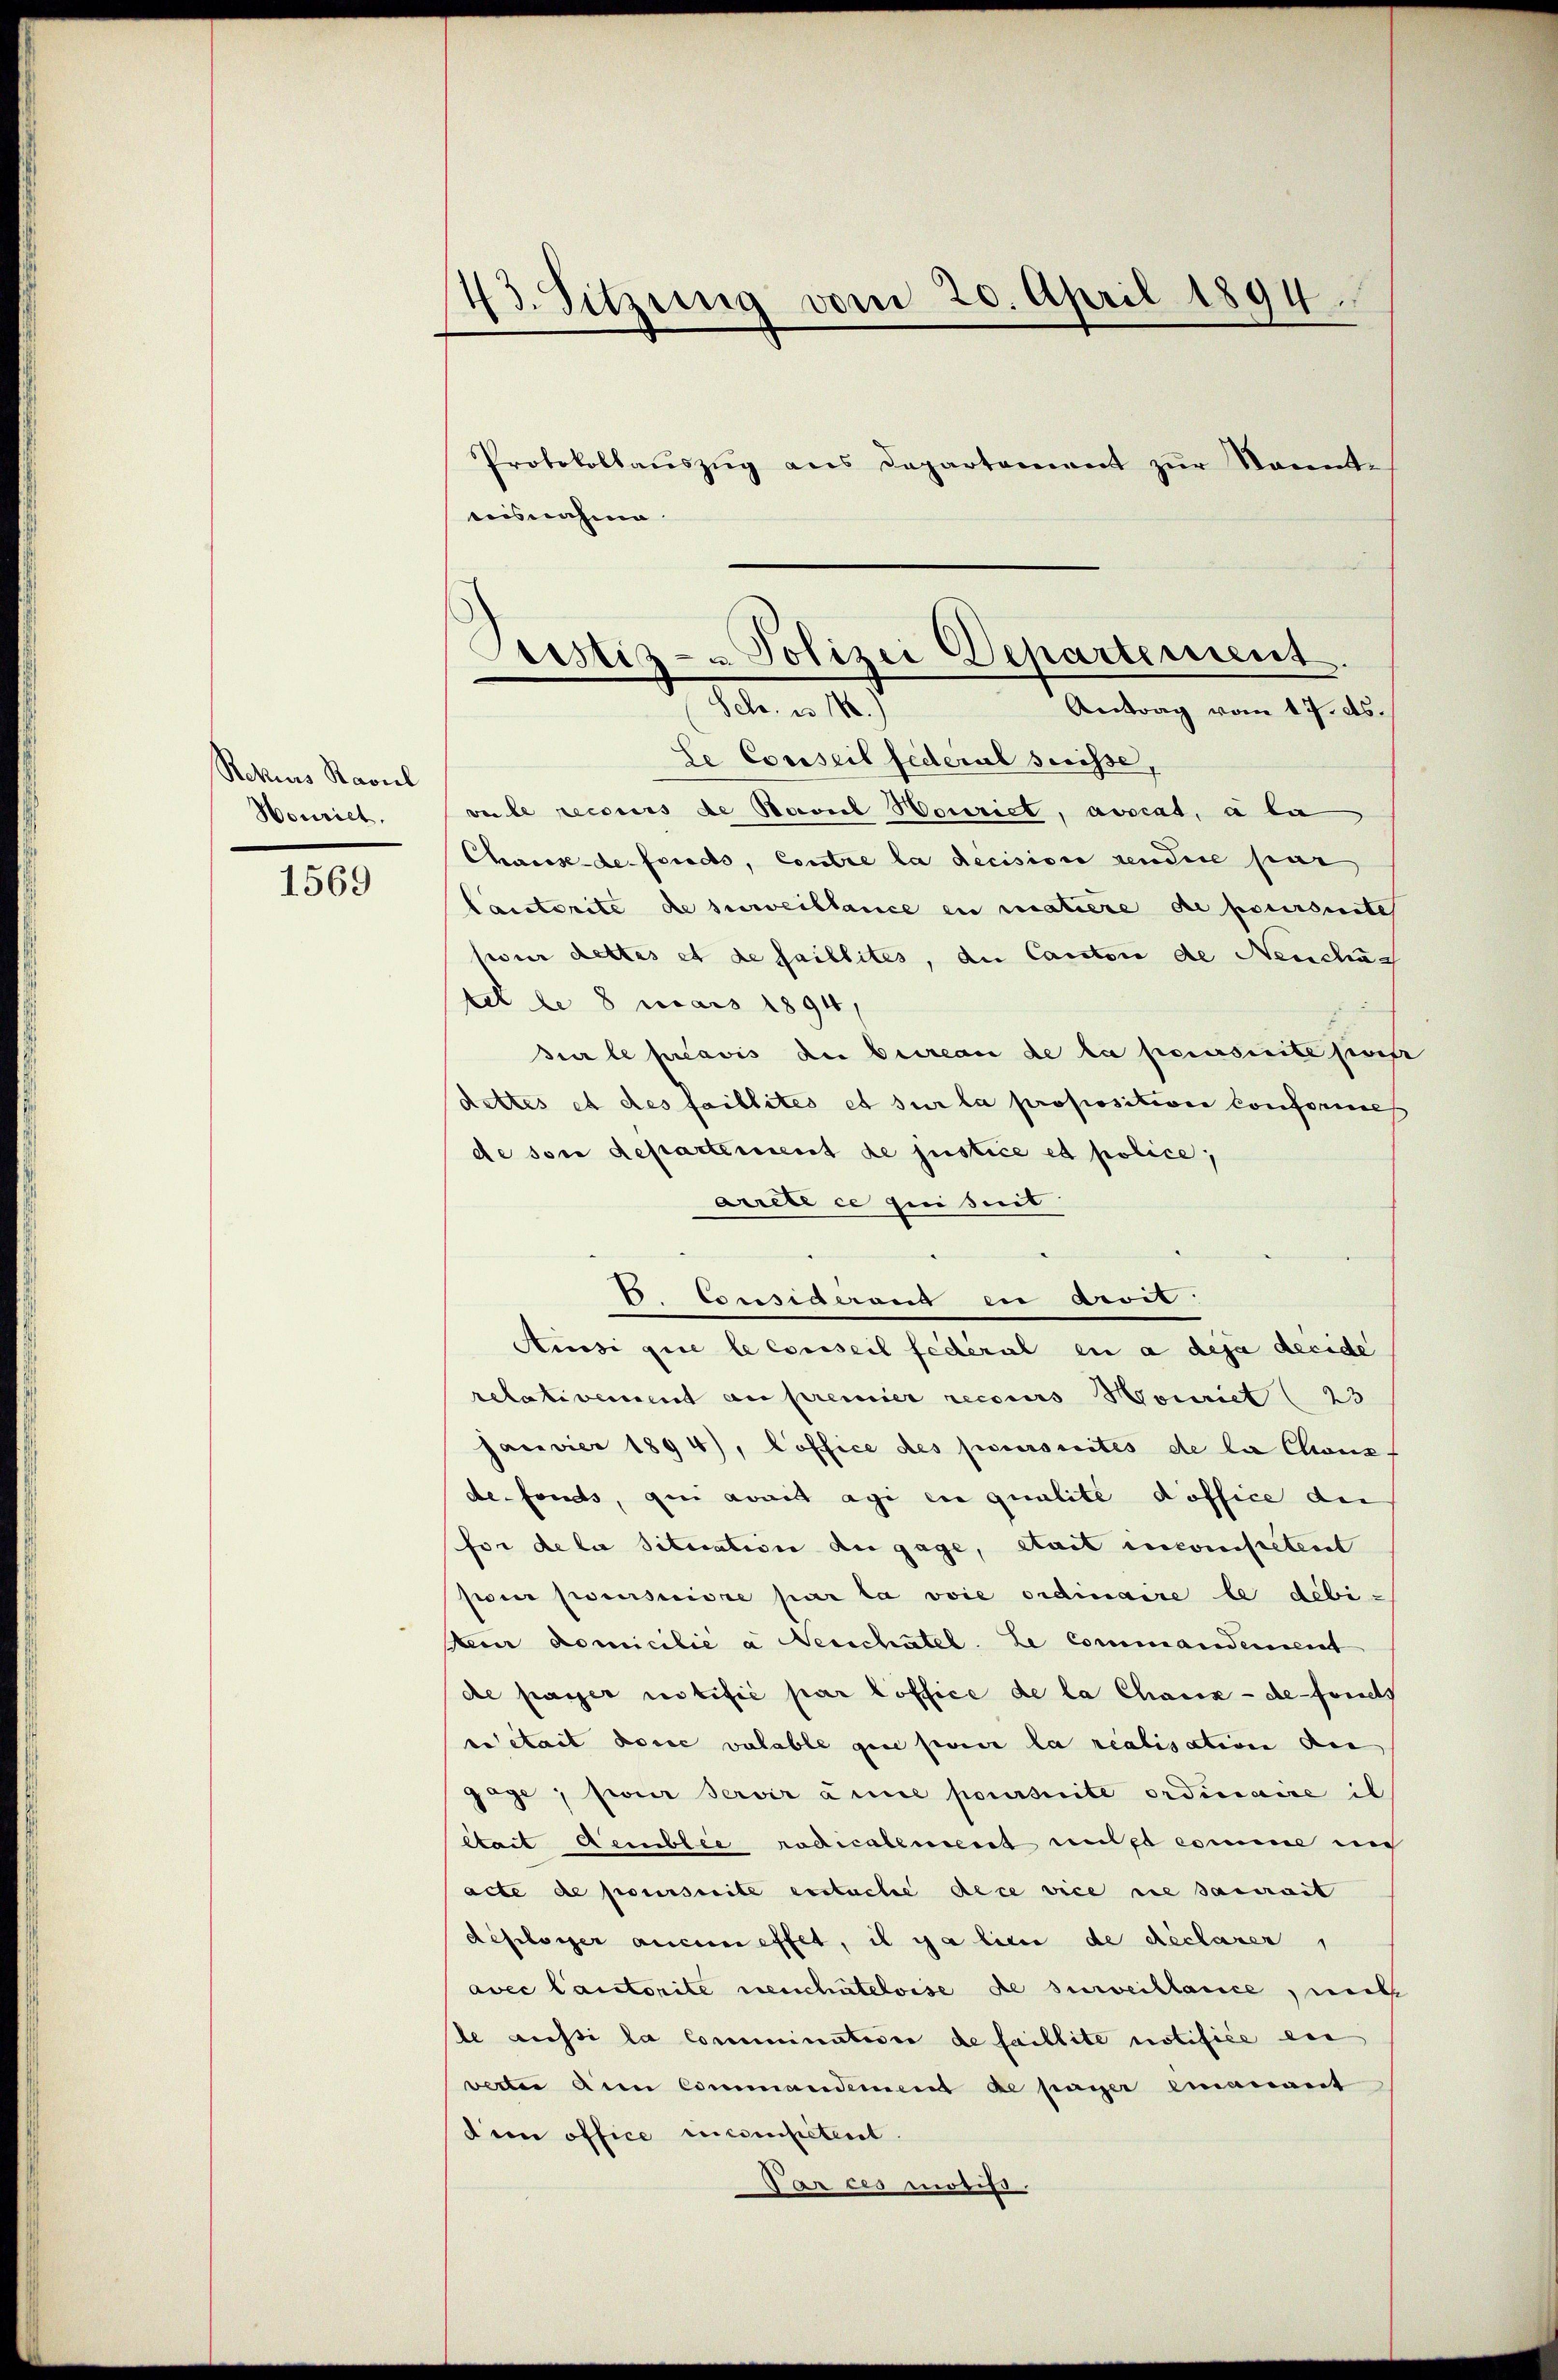
Rekius Ravil
Nouriet.

1569

43. Sitzung vom 20. April 1894.
Protokollaŭszŭg ans Departement zŭr Sonnte

aisnahme
Le Conseil federal suisse,
veile recours de Soviel Souriet, ausrat, a la
Chaisse de fondo, Contre la decision rendere sur
Cauctorite de surveillance in matiere de poursuite
jour dettes et de faillites, die Cantone de Neuchar
tet le 8 mars 1894,
sur le préavis der beireau de la parerseite part
dettes et des faillites et sur la proposition conforme
de son departement de justice et police,
arrete ce qui seit
C. Considerant in divit.
Aussi que le conseil federal en a deja decide
relativement au premier recours Moiriet (23
Janvier 1894), Coffice des pecursuites de la Choriz
defonds, gen avait agi en qualité doffice der
for de la situation du gage, était incompetent
pour poursuivre par la voie ordinaire le débi-
Beier domicilie a erschatel. Le commanderent
de passer notifiée par loffice de la Chaux-de-Forels
en stait die valable qui sur la realisation an
gage; sieur Servir anne poursuite ordinaire il
était demblée radicalement mit comme nich
acte de poursuite erstuche dece vice die sacrait
dehilsiger aucun effet, il y a lieu de déclarer,
avec lautorite neuchâteloise de surveillance, mit
le aussi la Commination de faillite notifice ei
vetten dem Commandement de payer einanant
deen office recompetent.
Par ces motifs.

Perstiz- & Polizei Departement.
M. v. 187
Antrag vom 17. ds.